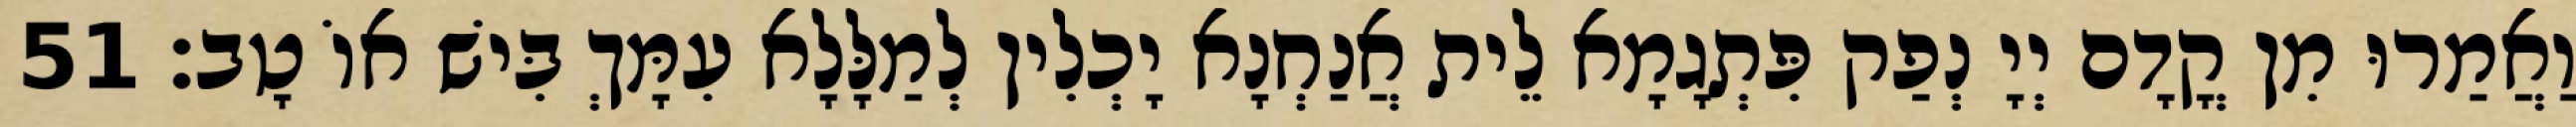
וַאֲמַרוּ מִן קֳדָם יְיָ נְפַק פִּתְגָמָא לֵית אֲנַחְנָא יָכְלִין לְמַלָּלָא עִמָּךְ בִּישׁ אוֹ טָב׃ 51